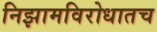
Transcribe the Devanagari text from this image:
निझामविरोधातच